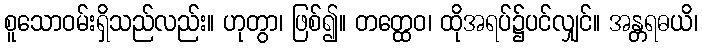
စူသောဝမ်းရှိသည်လည်း။ ဟုတွာ၊ ဖြစ်၍။ တတ္ထေဝ၊ ထိုအရပ်၌ပင်လျှင်။ အန္တရဓယိ၊